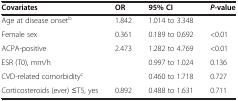
<table><thead><tr><td><b>Covariates</b></td><td><b>OR</b></td><td><b>95% CI</b></td><td><b><i>P</i>-value</b></td></tr></thead><tbody><tr><td>Age at disease onset<sup>b</sup></td><td>1.842</td><td>1.014 to 3.348</td><td>[EMPTY_CELL]</td></tr><tr><td>Female sex</td><td>0.361</td><td>0.189 to 0.692</td><td>&lt;0.01</td></tr><tr><td>ACPA-positive</td><td>2.473</td><td>1.282 to 4.769</td><td>&lt;0.01</td></tr><tr><td>ESR (T0), mm/h</td><td>[EMPTY_CELL]</td><td>0.997 to 1.024</td><td>0.136</td></tr><tr><td>CVD-related comorbidity<sup>c</sup></td><td>[EMPTY_CELL]</td><td>0.460 to 1.718</td><td>0.727</td></tr><tr><td>Corticosteroids (ever) ≤T5, yes</td><td>0.892</td><td>0.488 to 1.631</td><td>0.711</td></tr></tbody></table>